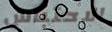
الاحتباس